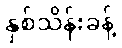
နှစ်သိန်းခန့်